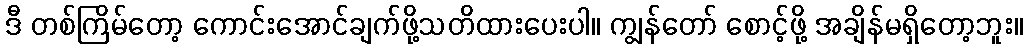
ဒီ တစ်ကြိမ်တော့ ကောင်းအောင်ချက်ဖို့သတိထားပေးပါ။ ကျွန်တော် စောင့်ဖို့ အချိန်မရှိတော့ဘူး။